Lunatic asylums United Provinces 1909-1921 - 1909-1921
Year: 1909
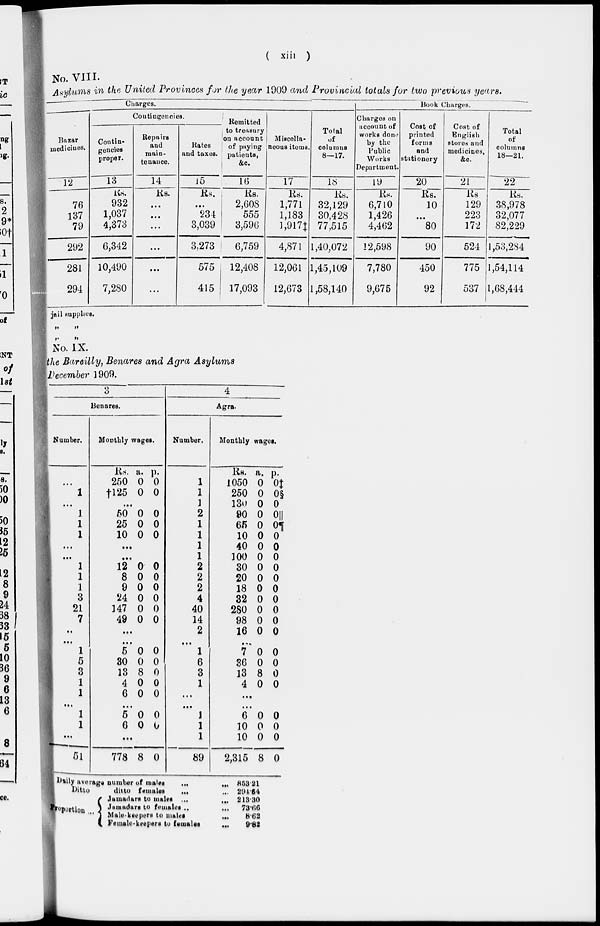
( xiii )
No. VIII.
Asylums in the United Provinces for the year 1909 and Provincial totals for two previous years.
Charges.
Bazar
medicines.
12
76
137
79
292
281
294
Contingencies.
Contin-
gencies
proper.
13
Rs.
932
1,037
4,373
6,342
10,490
7,280
Repairs
and
main¬
tenance.
14
Rs.
...
...
...
...
...
...
Rates
and taxes.
15
Rs.
...
234
3,039
3,273
575
415
Remitted
to treasury
on account
of paying
patients,
&c.
16
Rs.
2,608
555
3,596
6,759
12,408
17,093
Miscella-
neous items.
17
Rs.
1,771
1,183
l,917‡
4,871
12,061
12,673
Total
of
columns
8—17.
18
Rs.
32,129
30,428
77,515
1,40,072
1,45,109
1,58,140
Book Charges.
Charges on
account of
works done
by the
Public
Works
Department.
19
Rs.
6,710
1,426
4,462
12,598
7,780
9,675
Cost of
printed
forms
and
stationery
20
Rs.
10
...
80
90
450
92
Cost of
English
stores and
medicines,
&c.
21
Rs.
129
223
172
524
775
537
Total
of
columns
18—21.
22
Rs.
38,978
32,077
82,229
1,53,284
1,54,114
1,68,444
jail supplies.
„ „
„
No. IX.
the Bareilly, Benares and Agra Asylums
December 1909.
3
Benares.
Number.
...
1
...
1
1
1
...
...
1
1
1
3
21
7
..
...
1
5
3
1
1
...
1
1
1
51
Monthly wages.
Rs.
250
†l25
a.
0
0
p.
0
0
...
50
25
10
0
0
0
0
0
0
...
...
12
8
9
24
147
49
0
0
0
0
0
0
0
0
0
0
0
0
...
...
5
30
13
4
6
0
0
8
0
0
0
0
0
0
...
5
6
0
0
0
0
...
778 8 0
4
Agra.
Number.
1
1
1
2
1
1
1
1
2
2
2
4
40
14
2
...
1
6
3
1
...
...
1
1
1
89
Monthly
wages.
Rs.
1050
250
130
90
65
10
40
100
30
20
18
32
280
98
16
a.
0
0
0
0
0
0
0
0
0
0
0
0
0
0
0
p.
0‡
0§
0
0||
0¶
0
0
0
0
0
0
0
0
0
0
...
7
36
13
4
0
0
8
0
0
0
0
0
...
...
6
10
10
2,315
0
0
0
8
0
0
0
0
Daily average number of males
...
...
Ditto
ditto females
... ...
proportion ...
Jamadars to males ...
...
Jamadars to females .. ...
Male-keepers to males
...
Female-keepers to
females
...
853.21
294.64
213.30
73.66
8.62
9.82